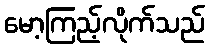
မော့ကြည့်လိုက်သည်